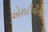
એમટીવીના